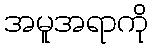
အမူအရာကို